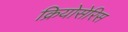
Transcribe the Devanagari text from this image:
क्रियोसेरिस